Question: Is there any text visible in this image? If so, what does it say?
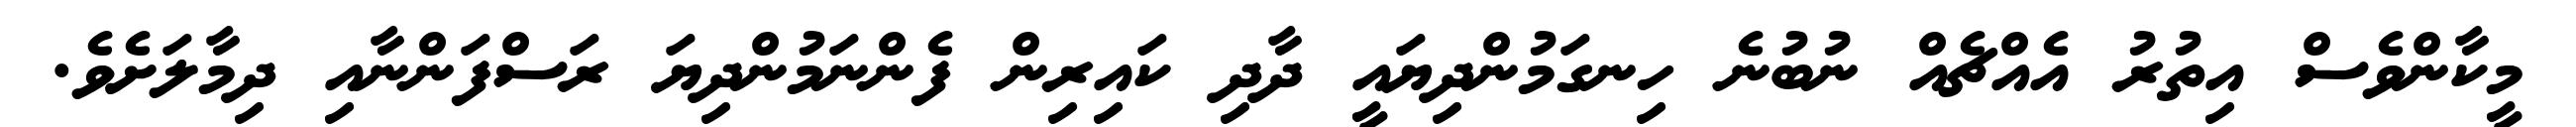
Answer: މީކާންވެސް އިތުރު އެއްޗެއް ނުބުނެ ހިނގަމުންދިޔައީ ދާދި ކައިރިން ފެންނަމުންދިޔަ ރަސްފަންނާއި ދިމާލަށެވެ.